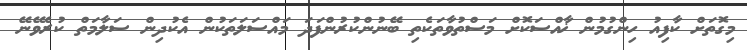
މިގޮތަށް ކާފިއު ހިންގުމުން ޚާއްސަކޮށް މަސްތުވާތަކެތި ބޭނުންކުރުންފަދަ މައްސަލަތަކުން އެކުދިން ސަލާމަތް ކުރެވޭނޭ